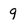
Character: 9